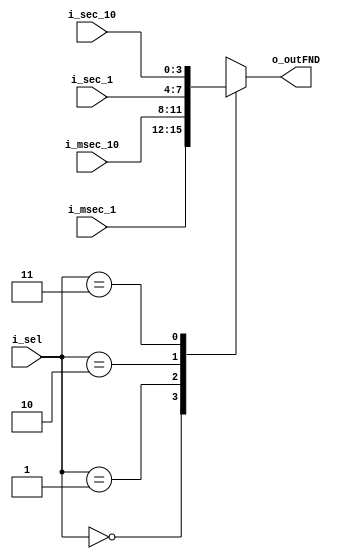
module Mux_fnd(
    input  [3:0]i_sec_1,i_sec_10,i_msec_1,i_msec_10,
    input [1:0] i_sel,
    output [3:0]o_outFND
    

    );
    reg [3:0] r_outFND;
    assign o_outFND = r_outFND;

    always @(*) begin
        case(i_sel)
            2'd0 : r_outFND <= i_msec_1;
            2'd1 : r_outFND <= i_msec_10;
            2'd2 : r_outFND <= i_sec_1;
            2'd3 : r_outFND <= i_sec_10;
            
            
            
        endcase
    end
endmodule